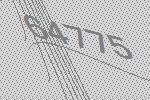
64775